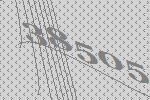
38505